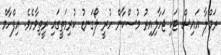
ރަމްލާ އައިސް ޓަކި ޖަހާލިއިރު މުސްކާން ހުރީ ލޯގަނޑު ކުރިމަތީގައި ރީތިވާށެވެ. އިފްހާމް